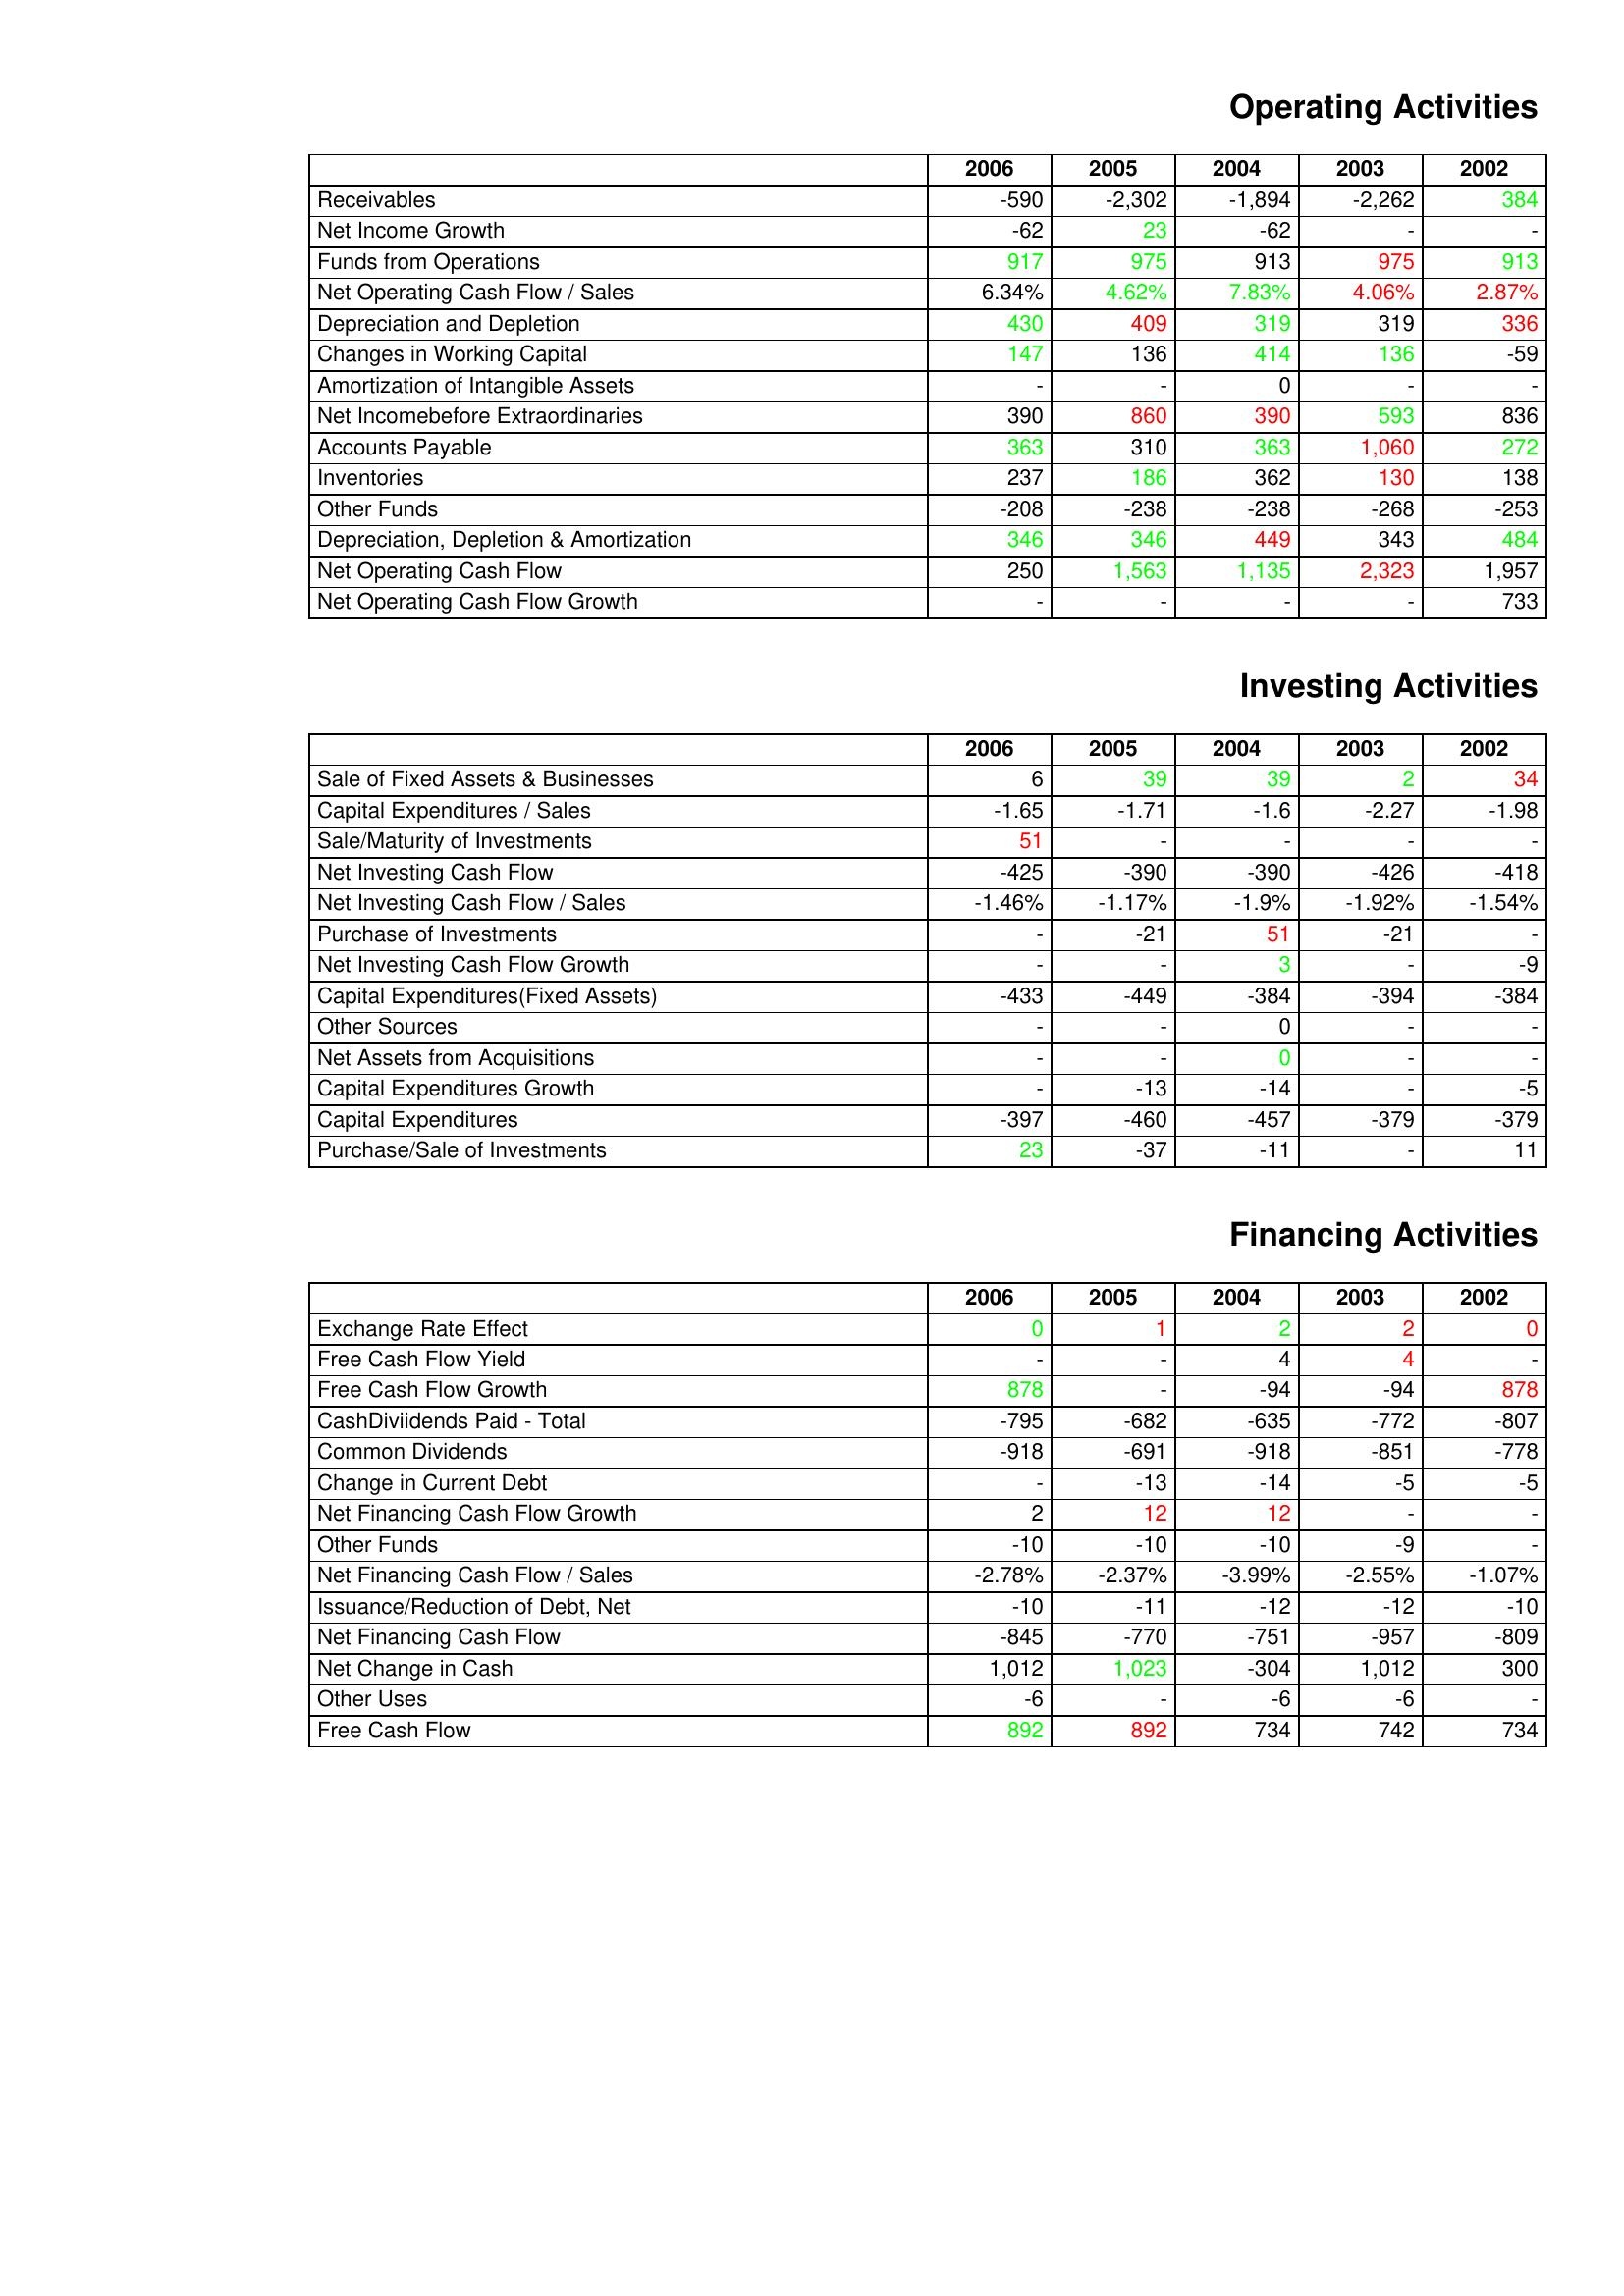
gt_parse: 2006: Operating Activities: Receivables: -590
Net Income Growth: -62
Funds from Operations: 917
Net Operating Cash Flow / Sales: 6.34%
Depreciation and Depletion: 430
Changes in Working Capital: 147
Amortization of Intangible Assets: -
Net Incomebefore Extraordinaries: 390
Accounts Payable: 363
Inventories: 237
Other Funds: -208
Depreciation, Depletion & Amortization: 346
Net Operating Cash Flow: 250
Net Operating Cash Flow Growth: -
Investing Activities: Sale of Fixed Assets & Businesses: 6
Capital Expenditures / Sales: -1.65
Sale/Maturity of Investments: 51
Net Investing Cash Flow: -425
Net Investing Cash Flow / Sales: -1.46%
Purchase of Investments: -
Net Investing Cash Flow Growth: -
Capital Expenditures(Fixed Assets): -433
Other Sources: -
Net Assets from Acquisitions: -
Capital Expenditures Growth: -
Capital Expenditures: -397
Purchase/Sale of Investments: 23
Financing Activities: Exchange Rate Effect: 0
Free Cash Flow Yield: -
Free Cash Flow Growth: 878
CashDiviidends Paid - Total: -795
Common Dividends: -918
Change in Current Debt: -
Net Financing Cash Flow Growth: 2
Other Funds: -10
Net Financing Cash Flow / Sales: -2.78%
Issuance/Reduction of Debt, Net: -10
Net Financing Cash Flow: -845
Net Change in Cash: 1,012
Other Uses: -6
Free Cash Flow: 892
2005: Operating Activities: Receivables: -2,302
Net Income Growth: 23
Funds from Operations: 975
Net Operating Cash Flow / Sales: 4.62%
Depreciation and Depletion: 409
Changes in Working Capital: 136
Amortization of Intangible Assets: -
Net Incomebefore Extraordinaries: 860
Accounts Payable: 310
Inventories: 186
Other Funds: -238
Depreciation, Depletion & Amortization: 346
Net Operating Cash Flow: 1,563
Net Operating Cash Flow Growth: -
Investing Activities: Sale of Fixed Assets & Businesses: 39
Capital Expenditures / Sales: -1.71
Sale/Maturity of Investments: -
Net Investing Cash Flow: -390
Net Investing Cash Flow / Sales: -1.17%
Purchase of Investments: -21
Net Investing Cash Flow Growth: -
Capital Expenditures(Fixed Assets): -449
Other Sources: -
Net Assets from Acquisitions: -
Capital Expenditures Growth: -13
Capital Expenditures: -460
Purchase/Sale of Investments: -37
Financing Activities: Exchange Rate Effect: 1
Free Cash Flow Yield: -
Free Cash Flow Growth: -
CashDiviidends Paid - Total: -682
Common Dividends: -691
Change in Current Debt: -13
Net Financing Cash Flow Growth: 12
Other Funds: -10
Net Financing Cash Flow / Sales: -2.37%
Issuance/Reduction of Debt, Net: -11
Net Financing Cash Flow: -770
Net Change in Cash: 1,023
Other Uses: -
Free Cash Flow: 892
2004: Operating Activities: Receivables: -1,894
Net Income Growth: -62
Funds from Operations: 913
Net Operating Cash Flow / Sales: 7.83%
Depreciation and Depletion: 319
Changes in Working Capital: 414
Amortization of Intangible Assets: 0
Net Incomebefore Extraordinaries: 390
Accounts Payable: 363
Inventories: 362
Other Funds: -238
Depreciation, Depletion & Amortization: 449
Net Operating Cash Flow: 1,135
Net Operating Cash Flow Growth: -
Investing Activities: Sale of Fixed Assets & Businesses: 39
Capital Expenditures / Sales: -1.6
Sale/Maturity of Investments: -
Net Investing Cash Flow: -390
Net Investing Cash Flow / Sales: -1.9%
Purchase of Investments: 51
Net Investing Cash Flow Growth: 3
Capital Expenditures(Fixed Assets): -384
Other Sources: 0
Net Assets from Acquisitions: 0
Capital Expenditures Growth: -14
Capital Expenditures: -457
Purchase/Sale of Investments: -11
Financing Activities: Exchange Rate Effect: 2
Free Cash Flow Yield: 4
Free Cash Flow Growth: -94
CashDiviidends Paid - Total: -635
Common Dividends: -918
Change in Current Debt: -14
Net Financing Cash Flow Growth: 12
Other Funds: -10
Net Financing Cash Flow / Sales: -3.99%
Issuance/Reduction of Debt, Net: -12
Net Financing Cash Flow: -751
Net Change in Cash: -304
Other Uses: -6
Free Cash Flow: 734
2003: Operating Activities: Receivables: -2,262
Net Income Growth: -
Funds from Operations: 975
Net Operating Cash Flow / Sales: 4.06%
Depreciation and Depletion: 319
Changes in Working Capital: 136
Amortization of Intangible Assets: -
Net Incomebefore Extraordinaries: 593
Accounts Payable: 1,060
Inventories: 130
Other Funds: -268
Depreciation, Depletion & Amortization: 343
Net Operating Cash Flow: 2,323
Net Operating Cash Flow Growth: -
Investing Activities: Sale of Fixed Assets & Businesses: 2
Capital Expenditures / Sales: -2.27
Sale/Maturity of Investments: -
Net Investing Cash Flow: -426
Net Investing Cash Flow / Sales: -1.92%
Purchase of Investments: -21
Net Investing Cash Flow Growth: -
Capital Expenditures(Fixed Assets): -394
Other Sources: -
Net Assets from Acquisitions: -
Capital Expenditures Growth: -
Capital Expenditures: -379
Purchase/Sale of Investments: -
Financing Activities: Exchange Rate Effect: 2
Free Cash Flow Yield: 4
Free Cash Flow Growth: -94
CashDiviidends Paid - Total: -772
Common Dividends: -851
Change in Current Debt: -5
Net Financing Cash Flow Growth: -
Other Funds: -9
Net Financing Cash Flow / Sales: -2.55%
Issuance/Reduction of Debt, Net: -12
Net Financing Cash Flow: -957
Net Change in Cash: 1,012
Other Uses: -6
Free Cash Flow: 742
2002: Operating Activities: Receivables: 384
Net Income Growth: -
Funds from Operations: 913
Net Operating Cash Flow / Sales: 2.87%
Depreciation and Depletion: 336
Changes in Working Capital: -59
Amortization of Intangible Assets: -
Net Incomebefore Extraordinaries: 836
Accounts Payable: 272
Inventories: 138
Other Funds: -253
Depreciation, Depletion & Amortization: 484
Net Operating Cash Flow: 1,957
Net Operating Cash Flow Growth: 733
Investing Activities: Sale of Fixed Assets & Businesses: 34
Capital Expenditures / Sales: -1.98
Sale/Maturity of Investments: -
Net Investing Cash Flow: -418
Net Investing Cash Flow / Sales: -1.54%
Purchase of Investments: -
Net Investing Cash Flow Growth: -9
Capital Expenditures(Fixed Assets): -384
Other Sources: -
Net Assets from Acquisitions: -
Capital Expenditures Growth: -5
Capital Expenditures: -379
Purchase/Sale of Investments: 11
Financing Activities: Exchange Rate Effect: 0
Free Cash Flow Yield: -
Free Cash Flow Growth: 878
CashDiviidends Paid - Total: -807
Common Dividends: -778
Change in Current Debt: -5
Net Financing Cash Flow Growth: -
Other Funds: -
Net Financing Cash Flow / Sales: -1.07%
Issuance/Reduction of Debt, Net: -10
Net Financing Cash Flow: -809
Net Change in Cash: 300
Other Uses: -
Free Cash Flow: 734